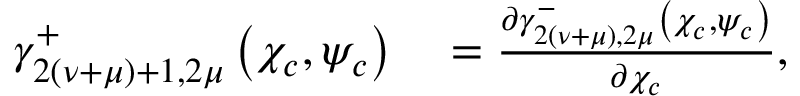
\begin{array} { r l } { \gamma _ { 2 ( { \nu } + \mu ) + 1 , 2 \mu } ^ { + } \left( \chi _ { c } , \psi _ { c } \right) } & { { } = \frac { \partial \gamma _ { 2 ( \nu + \mu ) , 2 \mu } ^ { - } \left( \chi _ { c } , \psi _ { c } \right) } { \partial \chi _ { c } } , } \end{array}